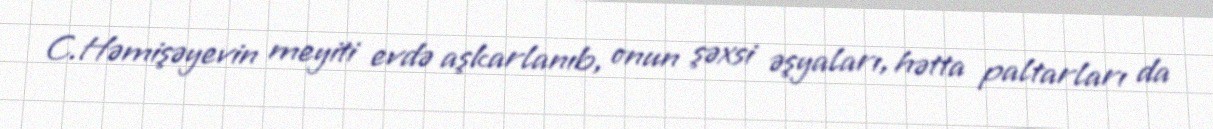
C.Həmişəyevin meyiti evdə aşkarlanıb, onun şəxsi əşyaları, hətta paltarları da